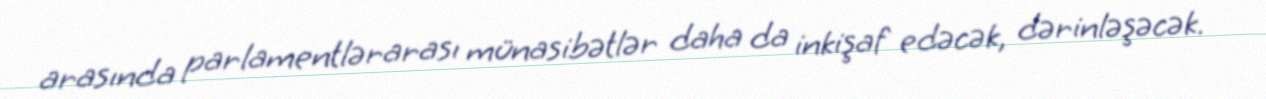
arasında parlamentlərarası münasibətlər daha da inkişaf edəcək, dərinləşəcək.